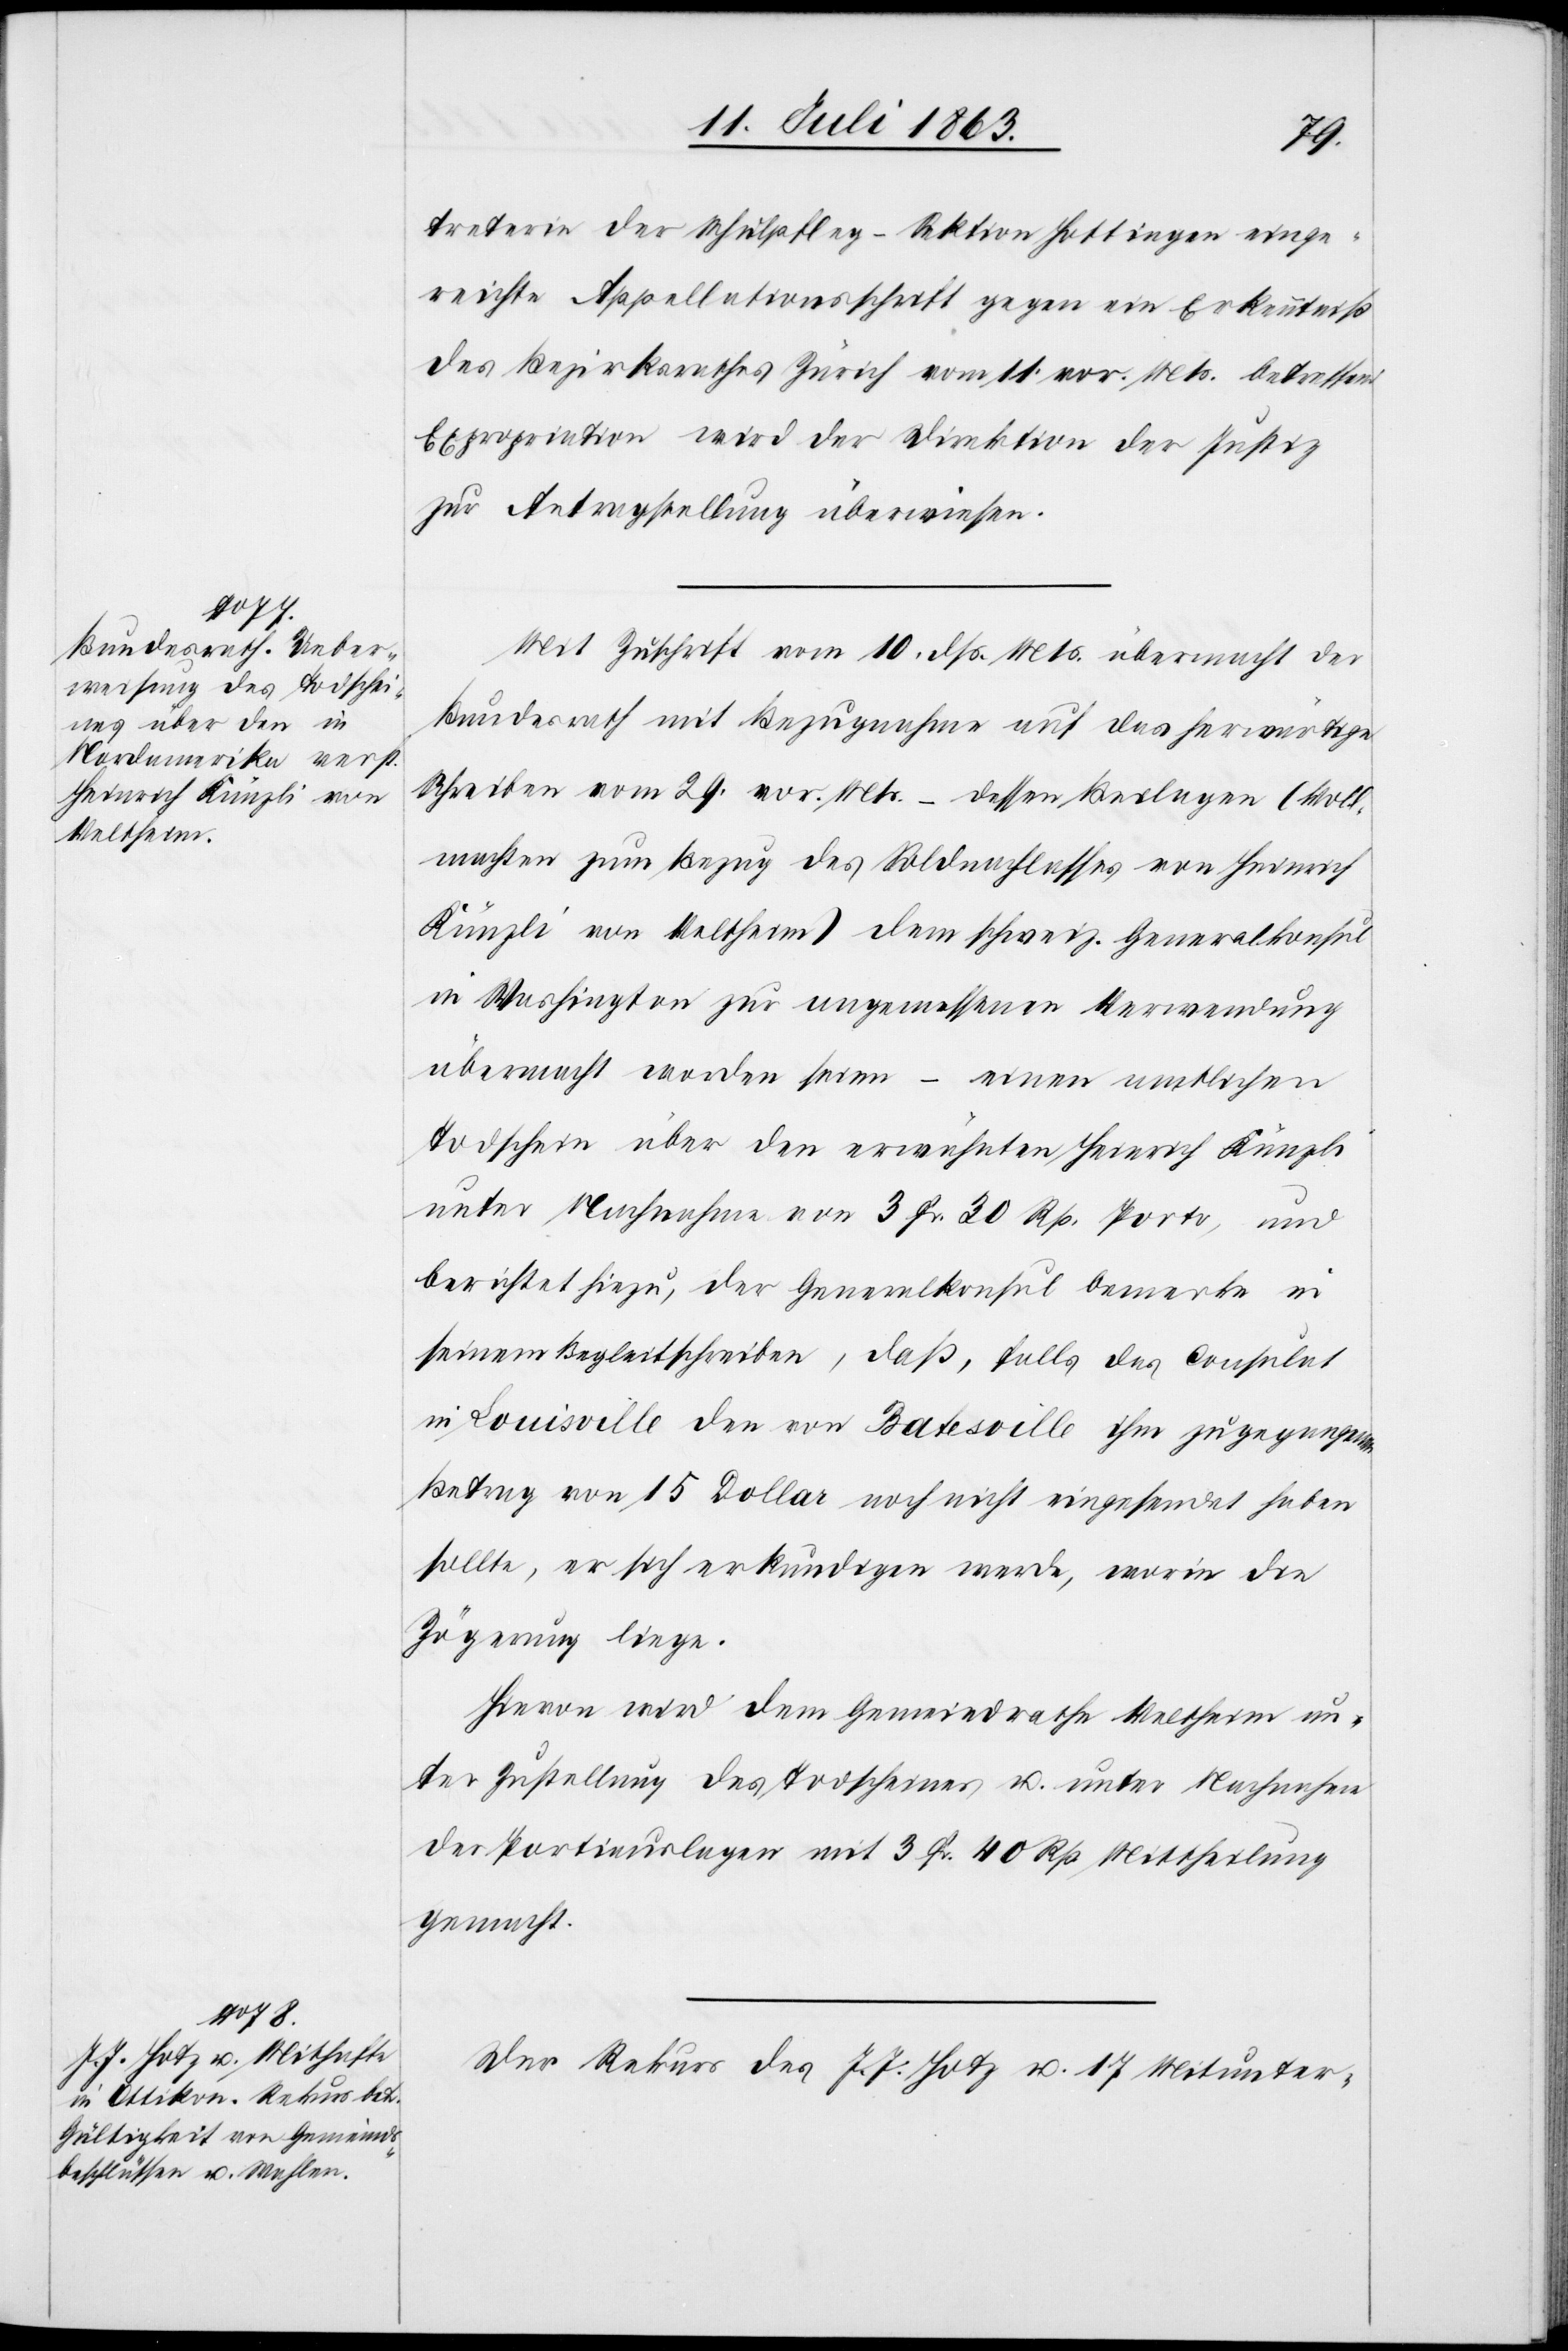
15. Juli 1863.]
treterin der Schulpfleg-Sektion Hottingen einge¬
reichte Appellationsschrift gegen eine Erkenntniß
des Bezirksrathes Zürich vom 11. vor. Mts. betreffend
Expropriation wird der Direktion der Justiz
zur Antragstellung überwiesen.
Mit Zuschrift vom 10. dß. Mts. übermacht der
Bundesrath mit Bezugnahme auf das herwärtige
Schreiben vom 29. vor. Mts. – dessen Beilagen (Voll¬
machten zum Bezug des Soldnachlasses von Heinrich
Künzli von Veltheim) dem schweiz. Generalkonsul
in Washington zur angemessenen Verwendung
übermacht worden seien – einen amtlichen
Todschein über den erwähnten Heinrich Künzli
unter Nachnahme von 3 Fr. 30 Rp. Porto, und
berichtet hiezu, der Generalkonsul bemerke in
seinem Begleitschreiben, daß, falls das Consulat
in Louisville den von Batesville ihm zugegangenen
Betrag von 15 Dollar noch nicht eingesendet haben
sollte, er sich erkundigen werde, worin die
Zögerung liege.
Hievon wird dem Gemeindrathe Veltheim un¬
ter Zustellung des Todscheines u. unter Nachnahme
der Portiauslagen mit 3 Fr. 40 Rp. Mittheilung
gemacht.
Der Rekurs des J. J. Hotz u. 17 Mitunter-